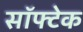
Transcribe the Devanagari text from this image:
सॉफ्टेक